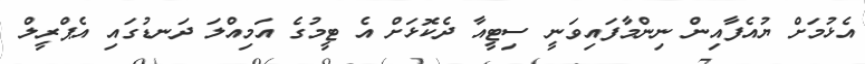
އެޅުމަށް ޔުއެފާއިން ނިންމާފައިވަނީ ސިޓީއާ ދެކޮޅަށް އެ ޓީމުގެ އަމިއްލަ ދަނޑުގައި އެޕްރީލް